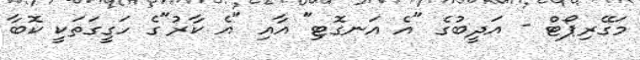
މަގޭރިޕޯޓް - އަދީބުގެ "އެ އަނގޮޓި" އާއި "އެ ކާރު"ގެ ހަގީގަތަކީ ކޮބާ